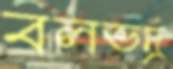
বলভদ্র